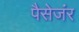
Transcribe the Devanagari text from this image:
पैसेजंर